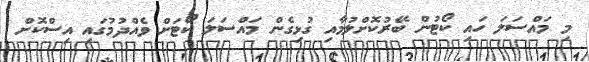
މި މައްސަލަ ހައި ކޯޓުން ބޭރުކޮށްލުމާއި ގުޅިގެން މައްސަލަ ކޯޓަށް ވެއްދުމުގައި އިސްކޮށް